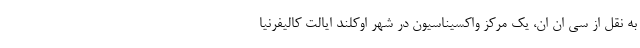
به نقل از سی ان ان، یک مرکز واکسیناسیون در شهر اوکلند ایالت کالیفرنیا